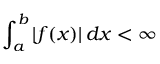
\int _ { a } ^ { b } | f ( x ) | \, d x < \infty